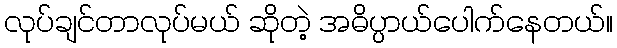
လုပ်ချင်တာလုပ်မယ် ဆိုတဲ့ အဓိပ္ပာယ်ပေါက်နေတယ်။